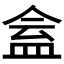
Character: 𥁧